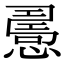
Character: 𢢧